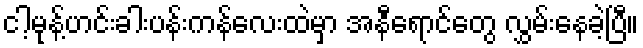
ငါ့မုန့်ဟင်းခါးပန်းကန်လေးထဲမှာ အနီရောင်တွေ လွှမ်းနေခဲ့ပြီ။